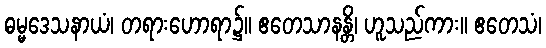
ဓမ္မဒေသနာယံ၊ တရားဟောရာ၌။ ဧတေသာနန္တိ၊ ဟူသည်ကား။ ဧတေသံ၊